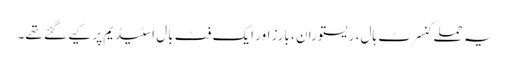
یہ حملے کنسرٹ ہال، ریستوران ، بارز اور ایک فٹ بال اسٹیڈیم پر کیے گئے تھے۔